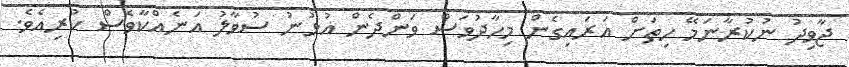
ޖާވިދު ނުކުރާނަމޭ ހިތަށް އަރައިގެން މިހާދުވަސް ވަންދެން އުޅުނު ސުވާލު އަނެއްކާވެސް ކުރިއެވެ.